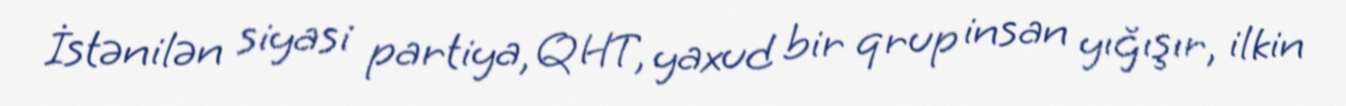
İstənilən siyasi partiya, QHT, yaxud bir qrup insan yığışır, ilkin